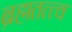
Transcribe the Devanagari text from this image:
ब्रह्मतत्त्व